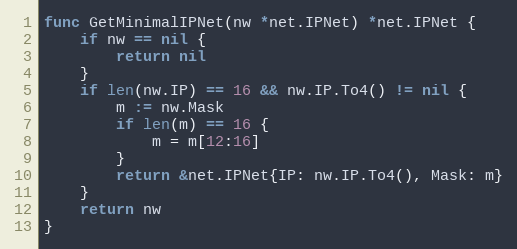
Language: Go
func GetMinimalIPNet(nw *net.IPNet) *net.IPNet {
	if nw == nil {
		return nil
	}
	if len(nw.IP) == 16 && nw.IP.To4() != nil {
		m := nw.Mask
		if len(m) == 16 {
			m = m[12:16]
		}
		return &net.IPNet{IP: nw.IP.To4(), Mask: m}
	}
	return nw
}